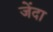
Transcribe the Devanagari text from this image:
जेंदा